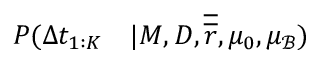
\begin{array} { r l } { P ( \Delta t _ { 1 : K } } & { { } | M , D , \boldsymbol { \overline { { \overline { { r } } } } } , \mu _ { 0 } , \mu _ { \mathcal { B } } ) } \end{array}